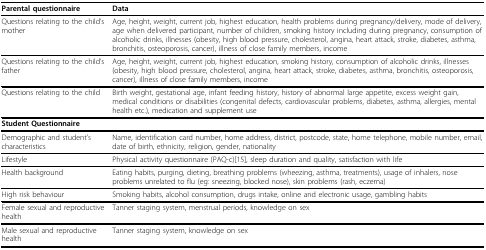
<table><thead><tr><td><b>Parental questionnaire</b></td><td><b>Data</b></td></tr></thead><tbody><tr><td>Questions relating to the child&#x27;s mother</td><td>Age, height, weight, current job, highest education, health problems during pregnancy/delivery, mode of delivery, age when delivered participant, number of children, smoking history including during pregnancy, consumption of alcoholic drinks, illnesses (obesity, high blood pressure, cholesterol, angina, heart attack, stroke, diabetes, asthma, bronchitis, osteoporosis, cancer), illness of close family members, income</td></tr><tr><td>Questions relating to the child&#x27;s father</td><td>Age, height, weight, current job, highest education, smoking history, consumption of alcoholic drinks, illnesses (obesity, high blood pressure, cholesterol, angina, heart attack, stroke, diabetes, asthma, bronchitis, osteoporosis, cancer), illness of close family members, income</td></tr><tr><td>Questions relating to the child</td><td>Birth weight, gestational age, infant feeding history, history of abnormal large appetite, excess weight gain, medical conditions or disabilities (congenital defects, cardiovascular problems, diabetes, asthma, allergies, mental health etc.), medication and supplement use</td></tr><tr><td><b>Student Questionnaire</b></td><td></td></tr><tr><td>Demographic and student&#x27;s characteristics</td><td>Name, identification card number, home address, district, postcode, state, home telephone, mobile number, email, date of birth, ethnicity, religion, gender, nationality</td></tr><tr><td>Lifestyle</td><td>Physical activity questionnaire (PAQ-c)[15], sleep duration and quality, satisfaction with life</td></tr><tr><td>Health background</td><td>Eating habits, purging, dieting, breathing problems (wheezing, asthma, treatments), usage of inhalers, nose problems unrelated to flu (eg: sneezing, blocked nose), skin problems (rash, eczema)</td></tr><tr><td>High risk behaviour</td><td>Smoking habits, alcohol consumption, drugs intake, online and electronic usage, gambling habits</td></tr><tr><td>Female sexual and reproductive health</td><td>Tanner staging system, menstrual periods, knowledge on sex</td></tr><tr><td>Male sexual and reproductive health</td><td>Tanner staging system, knowledge on sex</td></tr></tbody></table>